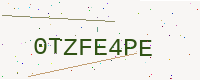
Text: 0TZFE4PE